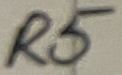
Text: R5